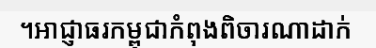
។អាជ្ញាធរកម្ពុជាកំពុងពិចារណាដាក់